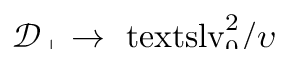
\smash { \ensuremath { \mathcal { D } _ { \perp } } \to \ensuremath { \mathrm { \ t e x t s l { v } } _ { 0 } } ^ { 2 } / \upsilon }